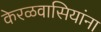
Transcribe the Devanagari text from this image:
केरळवासियांना